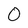
Character: O